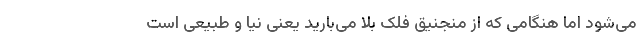
می‌شود اما هنگامی که از منجنیق فلک بلا می‌بارید یعنی نیا و طبیعی است